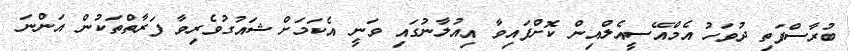
ބުރާސްފަތި ދުވަހު އެމްއޭސީއެލްއިން ކޮށްފައިވާ އިއުލާނުގައި ވަނީ އެކަމަށް ޝައުގުވެރިވާ ފަރާތްތަކުން އަންނަ